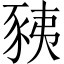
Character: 𧱅